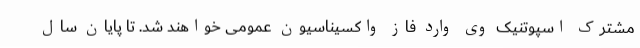
مشترک اسپوتنیک وی وارد فاز واکسیناسیون عمومی خواهند شد. تا پایان سال